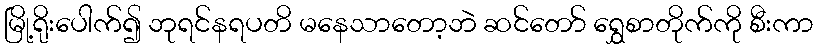
မြို့ရိုးပေါက်၍ ဘုရင်နရပတိ မနေသာတော့ဘဲ ဆင်တော် ရွှေစာတိုက်ကို စီးကာ